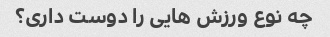
چه نوع ورزش هایی را دوست داری؟